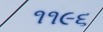
૧૧૯૬